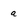
Character: a